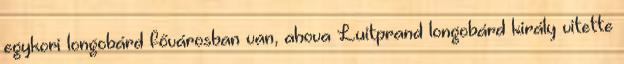
egykori longobárd fővárosban van, ahova Luitprand longobárd király vitette